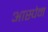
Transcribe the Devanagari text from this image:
आस्पेन